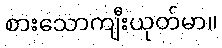
စားသောကျီးယုတ်မာ။